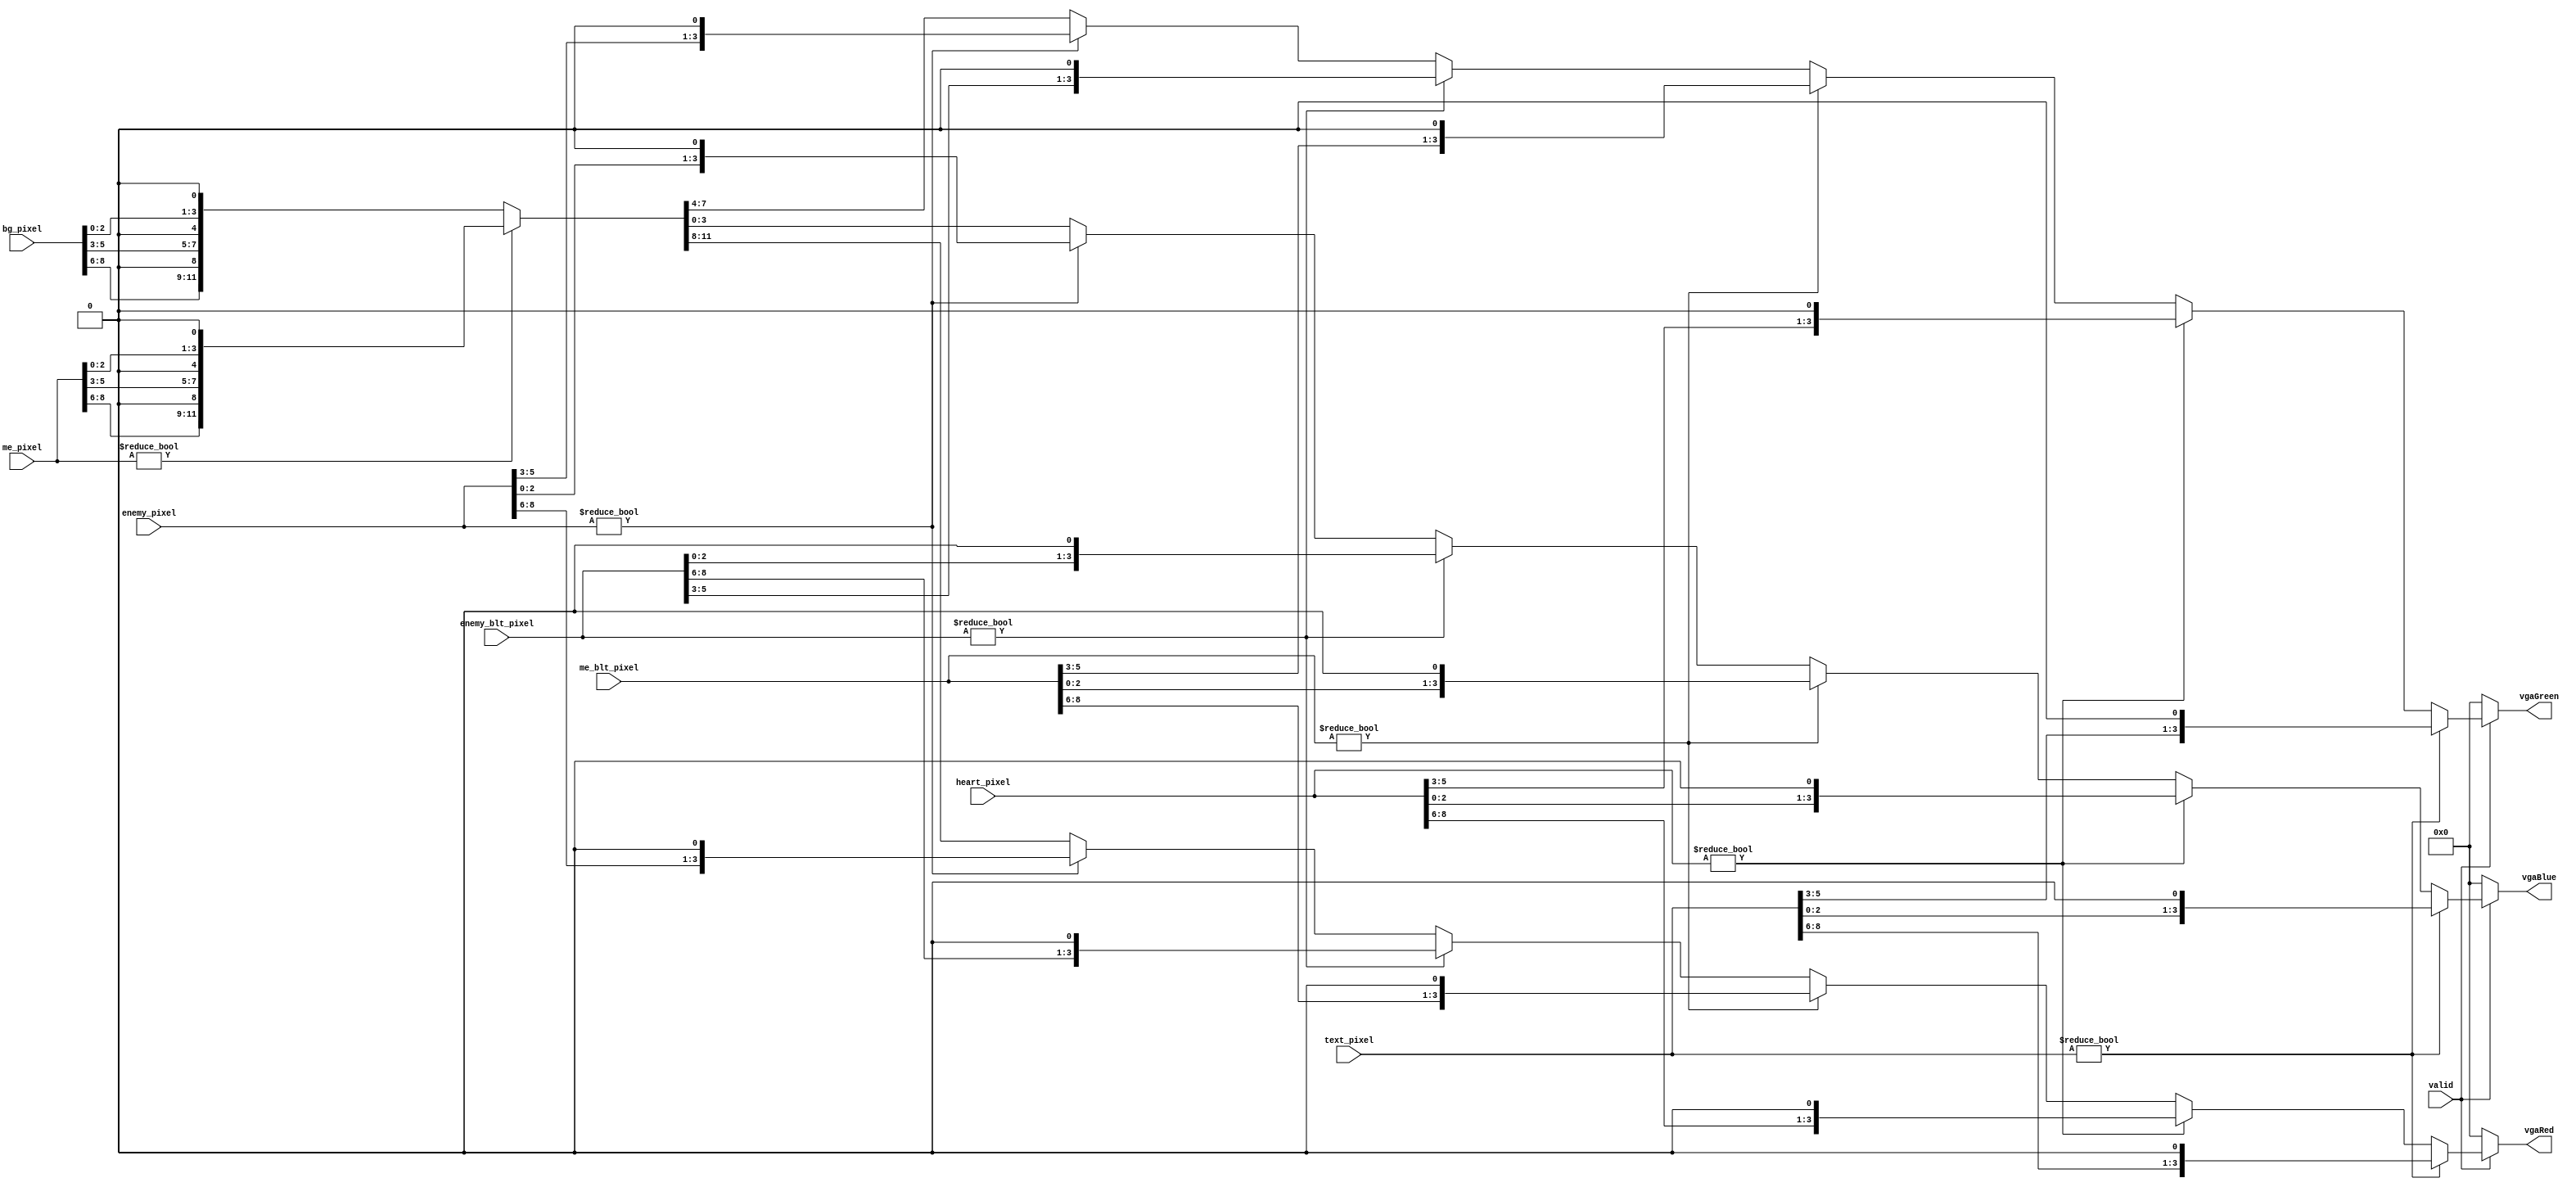
`timescale 1ns / 1ps
//////////////////////////////////////////////////////////////////////////////////
// Company: 
// Engineer: 
// 
// Design Name: 
// Module Name: pixel_ctl
// Project Name: 
// Target Devices: 
// Tool Versions: 
// Description: 
// 
// Dependencies: 
// 
// Revision:
// Revision 0.01 - File Created
// Additional Comments:
// 
//////////////////////////////////////////////////////////////////////////////////


module pixel_ctl(
    input valid,
    input [8:0]text_pixel,
    input [8:0]enemy_pixel,
    input [8:0]enemy_blt_pixel,
    input [8:0]me_pixel,
    input [8:0]me_blt_pixel,
    input [8:0]bg_pixel,
    input [8:0]heart_pixel,
    output reg [3:0] vgaRed,
    output reg [3:0] vgaGreen,
    output reg [3:0] vgaBlue
    );
    always@*
        if(valid==0)
            {vgaRed, vgaGreen, vgaBlue} = 12'h0;
        else if(text_pixel!=9'b0)
            {vgaRed, vgaGreen, vgaBlue} = {text_pixel[8:6],1'b0 , text_pixel[5:3] , 1'b0 , text_pixel[2:0] , 1'b0};                        
        else if(heart_pixel!=9'b0)
            {vgaRed, vgaGreen, vgaBlue} = {heart_pixel[8:6],1'b0 , heart_pixel[5:3] , 1'b0 , heart_pixel[2:0] , 1'b0};            
        else if(me_blt_pixel!=9'b0)
            {vgaRed, vgaGreen, vgaBlue} = {me_blt_pixel[8:6],1'b0 , me_blt_pixel[5:3] , 1'b0 , me_blt_pixel[2:0] , 1'b0};
        else if(enemy_blt_pixel!=9'b0)
            {vgaRed, vgaGreen, vgaBlue} = {enemy_blt_pixel[8:6],1'b0 , enemy_blt_pixel[5:3] , 1'b0 , enemy_blt_pixel[2:0] , 1'b0};
        else if(enemy_pixel!=9'b0)
            {vgaRed, vgaGreen, vgaBlue} = {enemy_pixel[8:6],1'b0 , enemy_pixel[5:3] , 1'b0 , enemy_pixel[2:0] , 1'b0};
        else if(me_pixel!=0)
            {vgaRed, vgaGreen, vgaBlue} = {me_pixel[8:6],1'b0 , me_pixel[5:3] , 1'b0 , me_pixel[2:0] , 1'b0};
        else
            {vgaRed, vgaGreen, vgaBlue} = {bg_pixel[8:6],1'b0 , bg_pixel[5:3] , 1'b0 , bg_pixel[2:0] , 1'b0};
endmodule